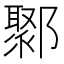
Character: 鄹